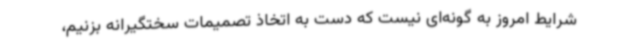
شرایط امروز به گونه‌ای نیست که دست به اتخاذ تصمیمات سختگیرانه بزنیم،